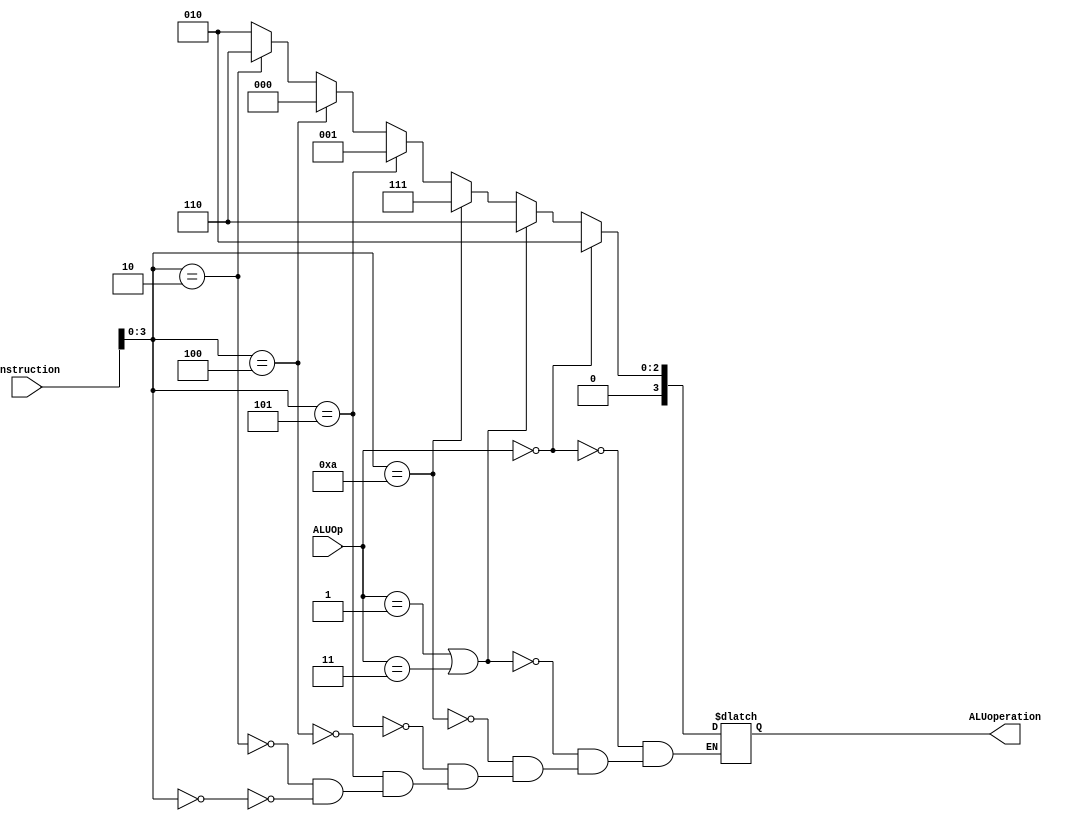
`timescale 1ns / 1ps
//////////////////////////////////////////////////////////////////////////////////
// Company: 
// Engineer: 
// 
// Design Name: 
// Module Name: ALU_control
// Project Name: 
// Target Devices: 
// Tool Versions: 
// Description: 
// 
// Dependencies: 
// 
// Revision:
// Revision 0.01 - File Created
// Additional Comments:
// 
//////////////////////////////////////////////////////////////////////////////////


module ALU_control(
    input wire [5:0] instruction,
    input wire [1:0] ALUOp,
    output reg [3:0] ALUoperation
    );
    
    // Update ALUoperation whenever there is a control instruction
    always @(ALUOp or instruction)
    // Using the truth table of the MIPS_architecture
    begin
        if (ALUOp == 2'b00) ALUoperation <= 4'b0010;                   // add
        else if ((ALUOp == 2'b01) || (ALUOp == 2'b11)) ALUoperation <= 4'b0110;              // subtract (with 2s complement)
        else begin
            if (instruction[3:0] == 4'b0000) ALUoperation <= 4'b0010;   // add
            if (instruction[3:0] == 4'b0010) ALUoperation <= 4'b0110;   // subtract (with 2s complement)
            if (instruction[3:0] == 4'b0100) ALUoperation <= 4'b0000;   // AND
            if (instruction[3:0] == 4'b0101) ALUoperation <= 4'b0001;   // OR
            if (instruction[3:0] == 4'b1010) ALUoperation <= 4'b0111;   // Set less than
        end
    end
endmodule